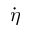
\dot { \eta }